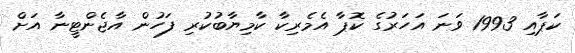
ކަޕާއި 1993 ވަނަ އަހަރުގެ ކޮޕާ އެމެރިކާ ކާމިޔާބުކުރި ފަހުން އާޖެންޓީނާ އަށް